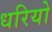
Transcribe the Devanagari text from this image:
धरियो